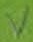
Text: V